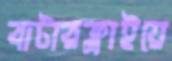
বাটারফ্লাইয়ে